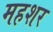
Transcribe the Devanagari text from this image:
महशर